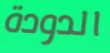
الدودة